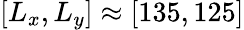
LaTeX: [L_{x},L_{y}]\approx[135,125]